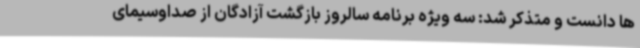
ها دانست و متذکر شد: سه ویژه برنامه سالروز بازگشت آزادگان از صداوسیمای